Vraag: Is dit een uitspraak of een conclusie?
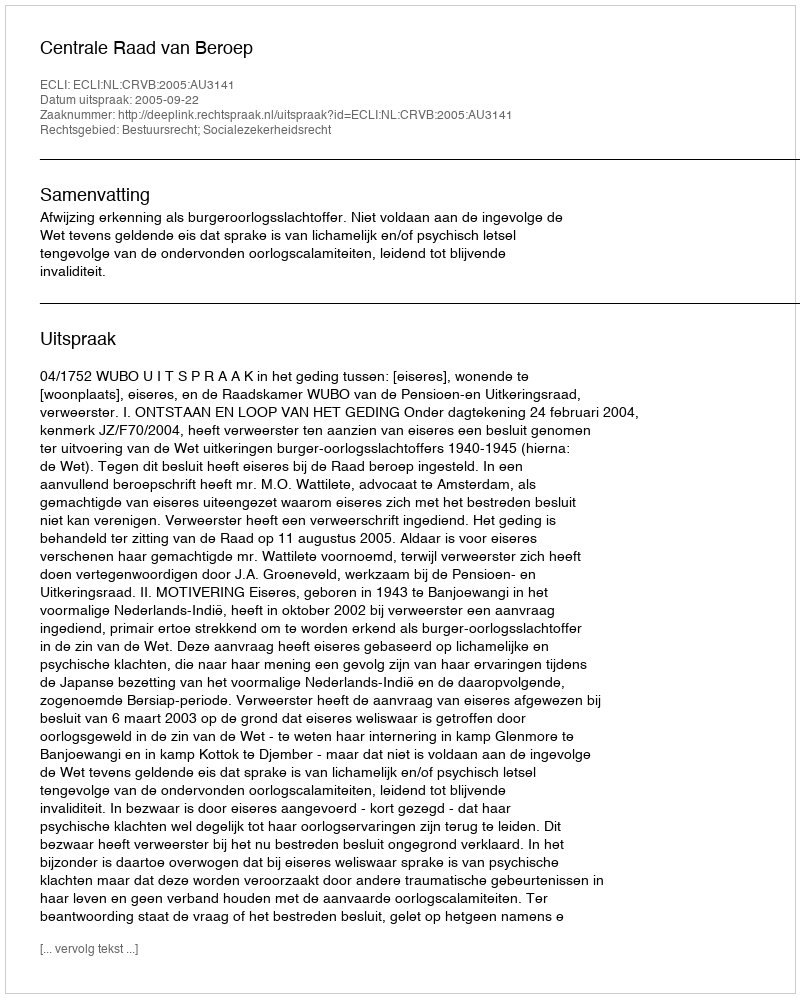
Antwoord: Uitspraak